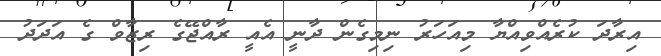
އިރާދަ ކުރެއްވިއްޔާ މިއަހަރު ނިމިގެން ދާނީ އެއީ ރާއްޖޭގެ ރިޒާވް ގެ އަދަދު